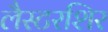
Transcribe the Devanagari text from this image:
लैस्टरशिर